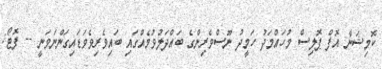
ކޮމިޝަނާ އޮފް ޕޮލިސް މުހައްމަދު ހަމީދު ނޫސްވެރިންގެ ބައްދަލުވުމެއްގައި ބައިވެރިވެވަޑައިގަންނަވަނީ -- ފޮޓޯ: